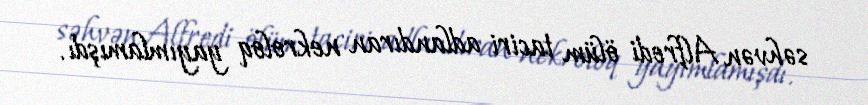
səhvən Alfredi ölüm taciri adlandıran nekroloq yayımlamışdı.